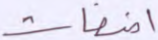
أضغاث